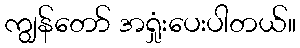
ကျွန်တော် အရှုံးပေးပါတယ်။